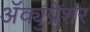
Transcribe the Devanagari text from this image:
ॲक्युप्रेशर